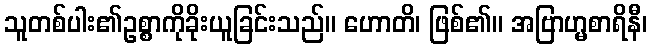
သူတစ်ပါး၏ဥစ္စာကိုခိုးယူခြင်းသည်။ ဟောတိ၊ ဖြစ်၏။ အဗြာဟ္မစာရိနီ၊